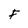
Character: F